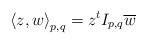
LaTeX: \begin{align*} \left< z, w \right>_{p,q} = z^t I_{p,q} \overline{w}\end{align*}